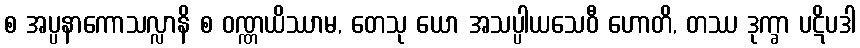
စ အပ္ပနာကောသလ္လာနိ စ ဝဏ္ဏယိဿာမ, တေသု ယော အသပ္ပါယသေဝီ ဟောတိ, တဿ ဒုက္ခာ ပဋိပဒါ